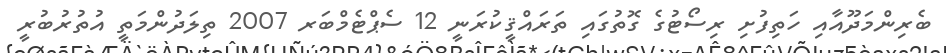
ބެރިންމަދޫއާއި ހަތިފުށި ރިސޯޓުގެ ގޮތުގައި ތަރައްޤީކުރަނީ 12 ސެޕްޓެމްބަރ 2007 ތިލަދުންމަތީ އުތުރުބުރީ